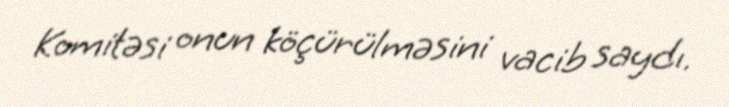
Komitəsi onun köçürülməsini vacib saydı.